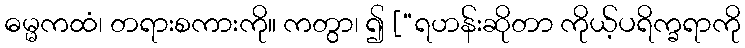
ဓမ္မကထံ၊ တရားစကားကို။ ကတွာ၊ ၍ [“ရဟန်းဆိုတာ ကိုယ့်ပရိက္ခရာကို